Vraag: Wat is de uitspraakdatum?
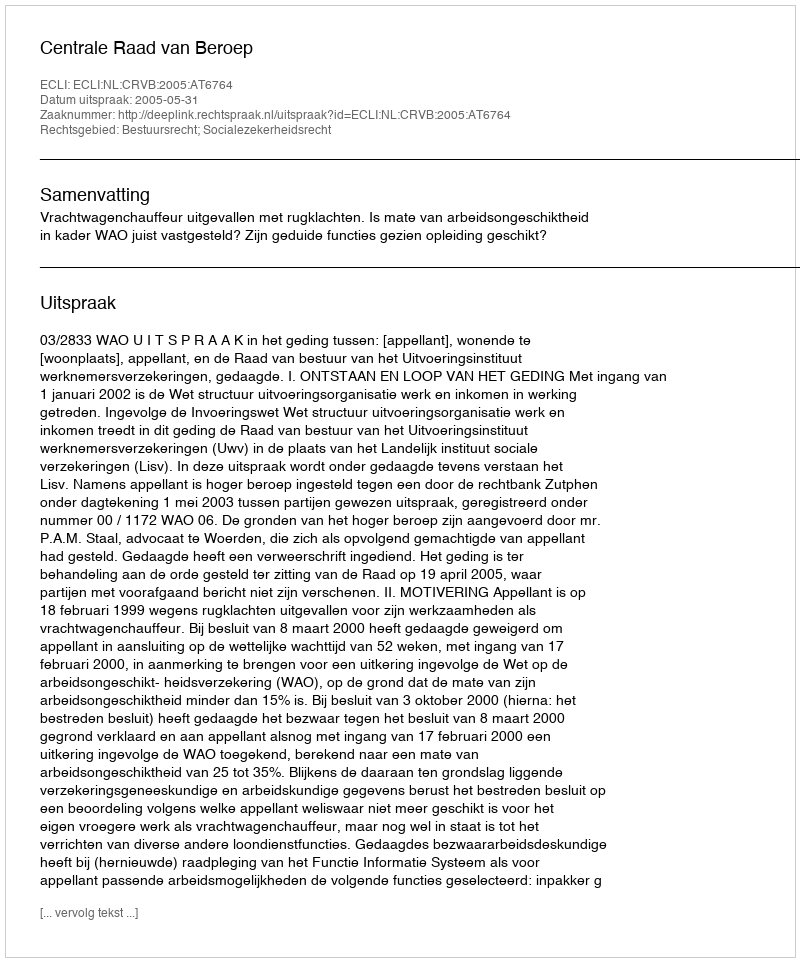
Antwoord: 2005-05-31